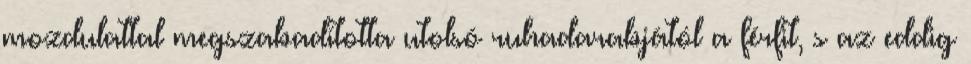
mozdulattal megszabadította utolsó ruhadarabjától a férfit, s az eddig